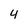
Character: 4